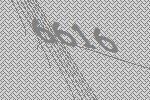
6616